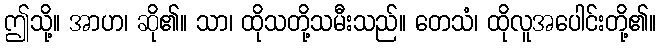
ဤသို့။ အာဟ၊ ဆို၏။ သာ၊ ထိုသတို့သမီးသည်။ တေသံ၊ ထိုလူအပေါင်းတို့၏။